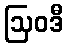
ဩဝဒီ